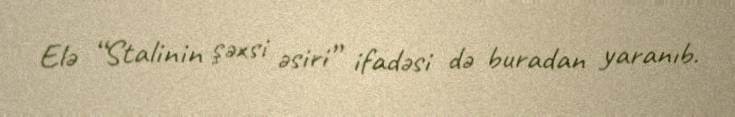
Elə “Stalinin şəxsi əsiri” ifadəsi də buradan yaranıb.